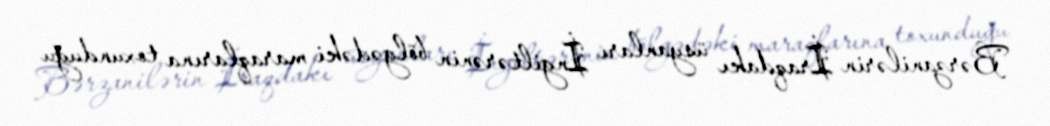
Bərzanilərin İraqdakı üsyanları İngiltərənin bölgədəki maraqlarına toxunduğu